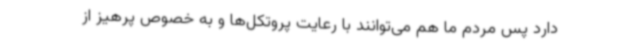
دارد پس مردم ما هم می‌توانند با رعایت پروتکل‌ها و به خصوص پرهیز از